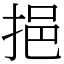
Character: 挹